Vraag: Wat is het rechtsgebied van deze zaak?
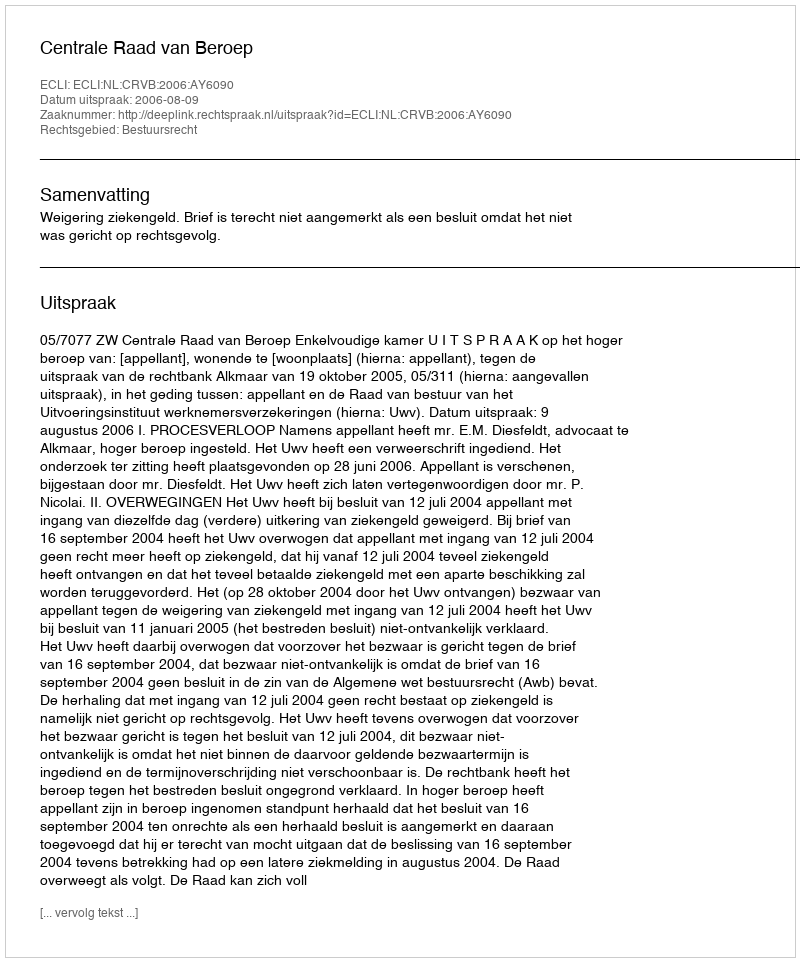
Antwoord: Bestuursrecht